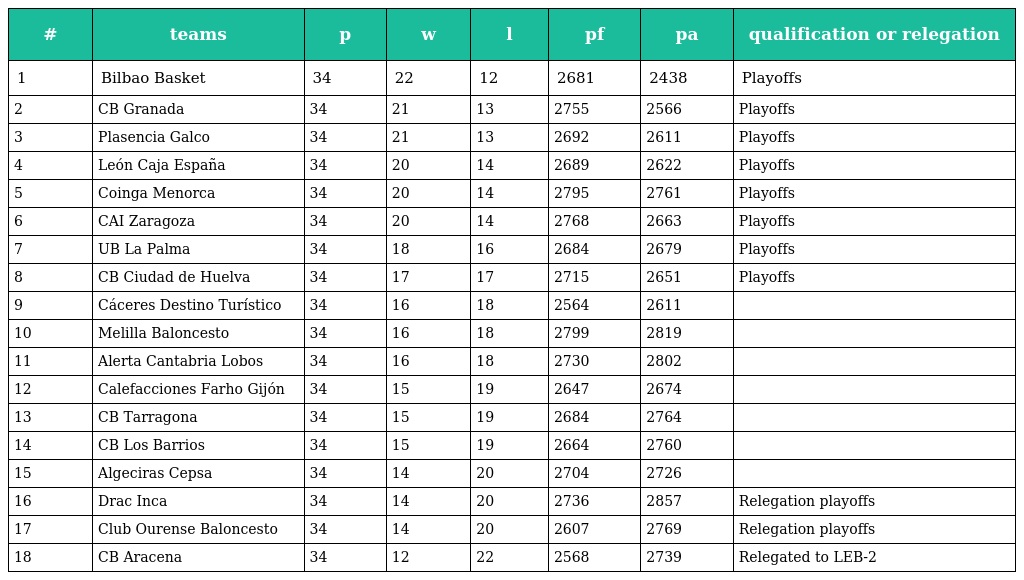
| # | teams | p | w | l | pf | pa | qualification or relegation |
 | --- | --- | --- | --- | --- | --- | --- | --- |
 | 1 | Bilbao Basket | 34 | 22 | 12 | 2681 | 2438 | Playoffs |
 | 2 | CB Granada | 34 | 21 | 13 | 2755 | 2566 | Playoffs |
 | 3 | Plasencia Galco | 34 | 21 | 13 | 2692 | 2611 | Playoffs |
 | 4 | León Caja España | 34 | 20 | 14 | 2689 | 2622 | Playoffs |
 | 5 | Coinga Menorca | 34 | 20 | 14 | 2795 | 2761 | Playoffs |
 | 6 | CAI Zaragoza | 34 | 20 | 14 | 2768 | 2663 | Playoffs |
 | 7 | UB La Palma | 34 | 18 | 16 | 2684 | 2679 | Playoffs |
 | 8 | CB Ciudad de Huelva | 34 | 17 | 17 | 2715 | 2651 | Playoffs |
 | 9 | Cáceres Destino Turístico | 34 | 16 | 18 | 2564 | 2611 |  |
 | 10 | Melilla Baloncesto | 34 | 16 | 18 | 2799 | 2819 |  |
 | 11 | Alerta Cantabria Lobos | 34 | 16 | 18 | 2730 | 2802 |  |
 | 12 | Calefacciones Farho Gijón | 34 | 15 | 19 | 2647 | 2674 |  |
 | 13 | CB Tarragona | 34 | 15 | 19 | 2684 | 2764 |  |
 | 14 | CB Los Barrios | 34 | 15 | 19 | 2664 | 2760 |  |
 | 15 | Algeciras Cepsa | 34 | 14 | 20 | 2704 | 2726 |  |
 | 16 | Drac Inca | 34 | 14 | 20 | 2736 | 2857 | Relegation playoffs |
 | 17 | Club Ourense Baloncesto | 34 | 14 | 20 | 2607 | 2769 | Relegation playoffs |
 | 18 | CB Aracena | 34 | 12 | 22 | 2568 | 2739 | Relegated to LEB-2 |